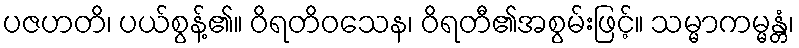
ပဇဟတိ၊ ပယ်စွန့်၏။ ဝိရတိဝသေန၊ ဝိရတီ၏အစွမ်းဖြင့်။ သမ္မာကမ္မန္တံ၊